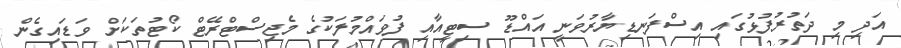
އަދި މި ދަތުރުފުޅުގައި އިސްފަނޑިޔާރުވަނީ އައްޑޫ ސިޓީއާއި ފުވައްމުލަކުގެ މެޖިސްޓްރޭޓް ކޯޓުތަކަށް ވަޑައިގެން